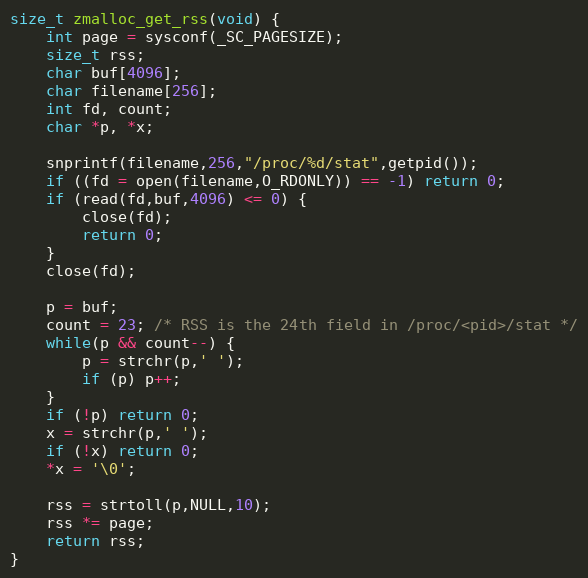
Language: C
size_t zmalloc_get_rss(void) {
    int page = sysconf(_SC_PAGESIZE);
    size_t rss;
    char buf[4096];
    char filename[256];
    int fd, count;
    char *p, *x;

    snprintf(filename,256,"/proc/%d/stat",getpid());
    if ((fd = open(filename,O_RDONLY)) == -1) return 0;
    if (read(fd,buf,4096) <= 0) {
        close(fd);
        return 0;
    }
    close(fd);

    p = buf;
    count = 23; /* RSS is the 24th field in /proc/<pid>/stat */
    while(p && count--) {
        p = strchr(p,' ');
        if (p) p++;
    }
    if (!p) return 0;
    x = strchr(p,' ');
    if (!x) return 0;
    *x = '\0';

    rss = strtoll(p,NULL,10);
    rss *= page;
    return rss;
}